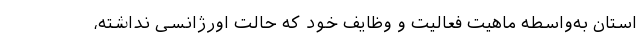
استان به‌واسطه ماهیت فعالیت و وظایف خود که حالت اورژانسی نداشته،